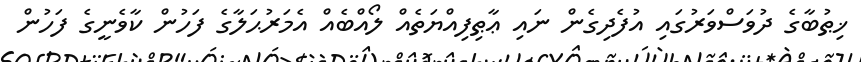
ޚިޠުބާގެ ދުވަސްވަރުގައި އުފެދިގެން ނައި ޢާޠިފިއްޔަތެއް ލޯއްބެއް އެމަރުޙަލާގެ ފަހުން ކާވެނީގެ ފަހުން